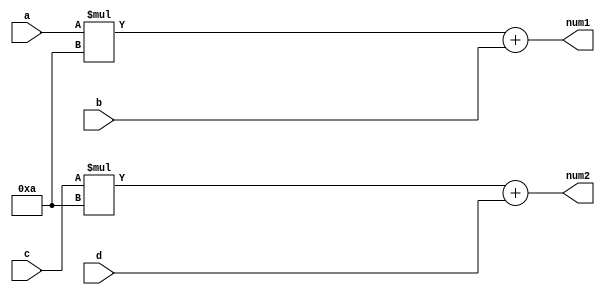
`timescale 1ns / 1ps
//////////////////////////////////////////////////////////////////////////////////
// Company: 
// Engineer: 
// 
// Design Name: 
// Module Name: adjust
// Project Name: 
// Target Devices: 
// Tool Versions: 
// Description: 
// 
// Dependencies: 
// 
// Revision:
// Revision 0.01 - File Created
// Additional Comments:
// 
//////////////////////////////////////////////////////////////////////////////////


module adjust(input [3:0] a,input [3:0] b,input [3:0] c,input [3:0] d,output[7:0] num1,num2);
wire [7:0] temp1,temp2;
assign temp1=a*10;
assign num1=temp1+b;
assign temp2=c*10;
assign num2=temp2+d;


endmodule